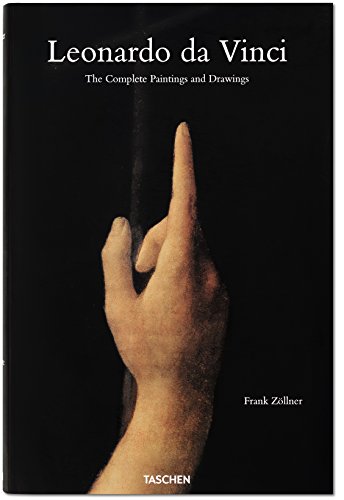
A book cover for Leonardo da Vinci: Complete Paintings and Drawings; Johannes Nathan; Arts & Photography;